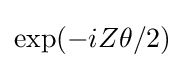
\exp(-iZ\theta /2)